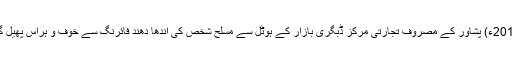
2016ء) پشاور کے مصروف تجارتی مرکز ڈبگری بازار کے ہوٹل سے مسلح شخص کی اندھا دھند فائرنگ سے خوف و ہراس پھیل گیا۔